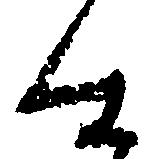
仕